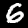
Digit: 6